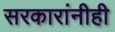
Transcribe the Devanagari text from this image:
सरकारांनीही